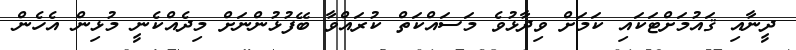
ދީނާއި ޤައުމަށްޓަކައި ކަމަށް ވިދާޅުވެ މަސައްކަތް ކުރައްވާ ބޭފުޅުންނަށް މިދެއްކެނީ މުޅިން އެހެން